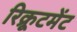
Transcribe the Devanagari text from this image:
रिक्रूटमेंट